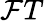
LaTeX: \mathcal{F}T